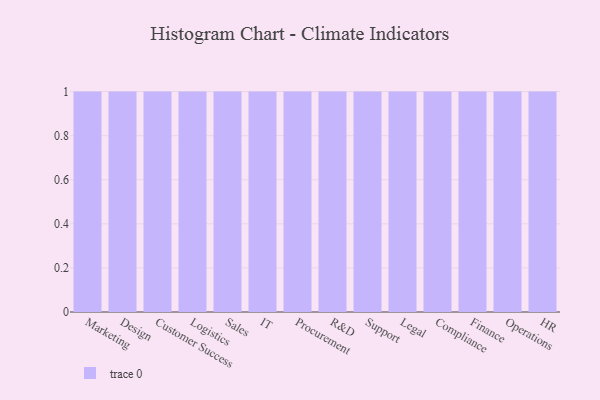
{"axis": {"x": "Department", "y": "Market Share (%)"}, "legend": [""], "data": [{"x": "Marketing", "y": 42, "type": ""}, {"x": "Design", "y": 57, "type": ""}, {"x": "Customer Success", "y": 16, "type": ""}, {"x": "Logistics", "y": 3, "type": ""}, {"x": "Sales", "y": 58, "type": ""}, {"x": "IT", "y": 53, "type": ""}, {"x": "Procurement", "y": 15, "type": ""}, {"x": "R&D", "y": 78, "type": ""}, {"x": "Support", "y": 13, "type": ""}, {"x": "Legal", "y": 83, "type": ""}, {"x": "Compliance", "y": 67, "type": ""}, {"x": "Finance", "y": 80, "type": ""}, {"x": "Operations", "y": 29, "type": ""}, {"x": "HR", "y": 70, "type": ""}]}